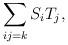
LaTeX: \begin{align*}\sum_{ij = k} S_i T_j,\end{align*}